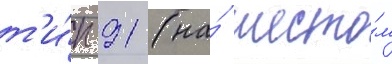
т'и́п 91 (на́ шесто́м